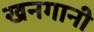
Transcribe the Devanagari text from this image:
खनगानी